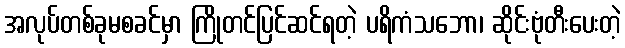
အလုပ်တစ်ခုမစခင်မှာ ကြိုတင်ပြင်ဆင်ရတဲ့ ပရိကံသဘော၊ ဆိုင်းဗုံတီးပေးတဲ့